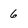
Character: 6